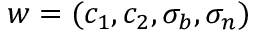
\boldsymbol { w } = ( c _ { 1 } , c _ { 2 } , \sigma _ { b } , \sigma _ { n } )